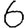
Digit: 6